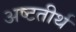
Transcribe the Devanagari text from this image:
अष्‍टतीर्थ